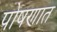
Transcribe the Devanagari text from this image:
पोषणात